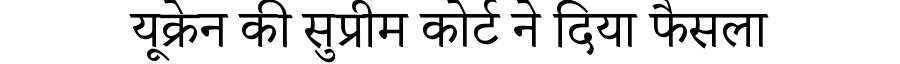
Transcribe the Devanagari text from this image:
यूक्रेन की सुप्रीम कोर्ट ने दिया फैसला